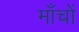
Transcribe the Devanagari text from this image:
माँचों